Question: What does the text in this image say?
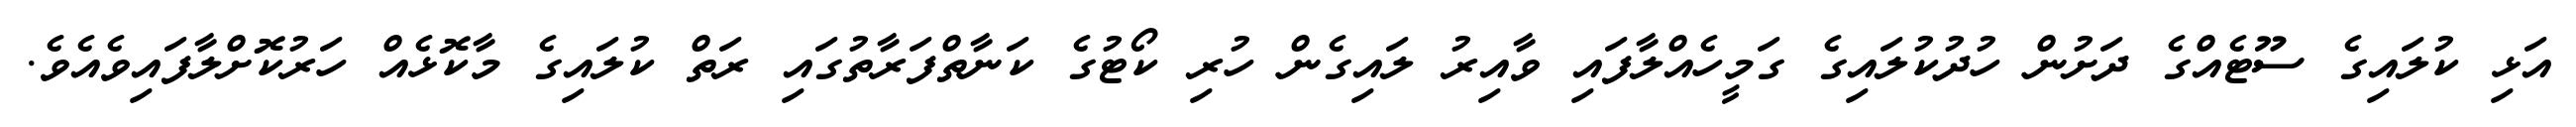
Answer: އަޅި ކުލައިގެ ސޫޓެއްގެ ދަށުން ހުދުކުލައިގެ ގަމީހެއްލާފައި ވާއިރު ލައިގެން ހުރި ކޯޓުގެ ކަނާތްފަރާތުގައި ރަތް ކުލައިގެ މާކޮޅެއް ހަރުކޮށްލާފައިވެއެވެ.